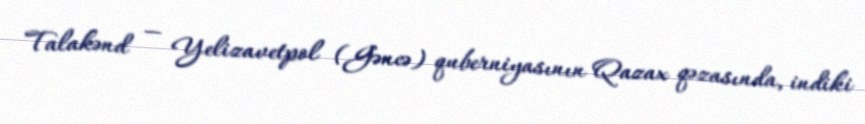
Talakənd — Yelizavetpol (Gəncə) quberniyasının Qazax qəzasında, indiki